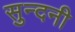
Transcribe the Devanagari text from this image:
सुन्दनी